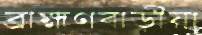
ব্রাহ্মণবাড়ীয়া